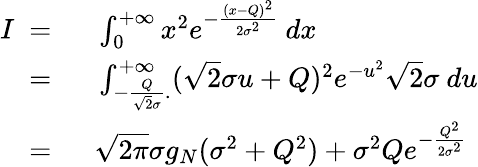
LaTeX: \begin{array}{rl}{I\ =\ }&{{}\int_{0}^{+\infty}x^{2}e^{-\frac{(x-Q)^{2}}{2\sigma^{2}}}\ dx}\\ {\ =\ }&{{}\int_{-\frac{Q}{\sqrt{2}\sigma}.}^{+\infty}(\sqrt{2}\sigma u+Q)^{2}e^{-u^{2}}\sqrt{2}\sigma\ du}\\ {\ =\ }&{{}\sqrt{2\pi}\sigma g_{N}(\sigma^{2}+Q^{2})+\sigma^{2}Qe^{-\frac{Q^{2}}{2\sigma^{2}}}}\end{array}